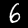
Digit: 6